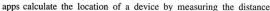
apps cakculate the location of a device by measuring the distance